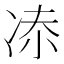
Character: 𠗑